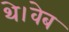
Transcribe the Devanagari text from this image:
थे।वेब